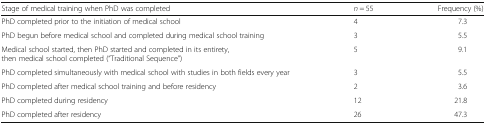
<table><thead><tr><td><b>Stage of medical training when PhD was completed</b></td><td><b><i>n</i> = 55</b></td><td><b>Frequency (%)</b></td></tr></thead><tbody><tr><td>PhD completed prior to the initiation of medical school</td><td>4</td><td>7.3</td></tr><tr><td>PhD begun before medical school and completed during medical school training</td><td>3</td><td>5.5</td></tr><tr><td>Medical school started, then PhD started and completed in its entirety, then medical school completed (“Traditional Sequence”)</td><td>5</td><td>9.1</td></tr><tr><td>PhD completed simultaneously with medical school with studies in both fields every year</td><td>3</td><td>5.5</td></tr><tr><td>PhD completed after medical school training and before residency</td><td>2</td><td>3.6</td></tr><tr><td>PhD completed during residency</td><td>12</td><td>21.8</td></tr><tr><td>PhD completed after residency</td><td>26</td><td>47.3</td></tr></tbody></table>